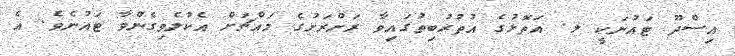
އިސްދޫ ޓައުނަކީ ލ. އަތޮޅުގެ އުތުރުބިތުގައިވާ ރަށްރަށުގެ މައްޗަށް އެކުލެވިގެންވާ ޓައުނެވެ. އެ